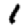
Digit: 1